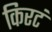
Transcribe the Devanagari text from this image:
किरटं